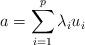
LaTeX: \begin{align*}a = \sum_{i=1}^p \lambda_i u_i\end{align*}